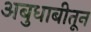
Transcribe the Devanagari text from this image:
अबुधाबीतून